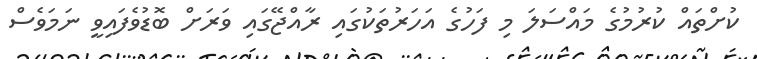
ކުށްތައް ކުރުމުގެ މައްސަލަ މި ފަހުގެ އަހަރުތަކުގައި ރާއްޖޭގައި ވަރަށް ބޮޑުވެފައިވީ ނަމަވެސް